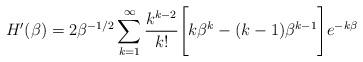
LaTeX: \begin{align*}H'(\beta) = 2\beta^{-1/2}\sum_{k=1}^\infty \frac{k^{k-2}}{k!}\Bigg[k\beta^{k} - (k-1)\beta^{k-1}\Bigg]e^{-k\beta}\end{align*}